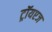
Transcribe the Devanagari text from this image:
ट्रॉयएज